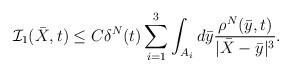
LaTeX: \begin{align*}\mathcal{I}_1(\bar X, t) \leq C \delta^N(t)\sum_{i=1}^3\int_{ A_i}d\bar{y}\frac{ \rho^N(\bar{y}, t)}{|\bar X - \bar{y} |^{3}}.\end{align*}